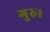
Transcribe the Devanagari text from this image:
गुरु।